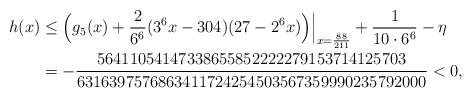
LaTeX: \begin{align*}h(x)&\le \Bigl(g_5(x)+\frac{2}{6^6} (3^6 x - 304)(27-2^6x)\Bigr)\Bigr|_{x=\frac{88}{211}} + \frac1{10\cdot 6^6}- \eta\\&=-\frac{56411054147338655852222279153714125703}{6316397576863411724254503567359990235792000}<0,\end{align*}